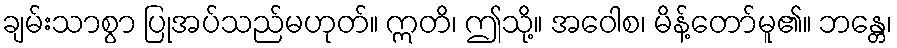
ချမ်းသာစွာ ပြုအပ်သည်မဟုတ်။ ဣတိ၊ ဤသို့။ အဝေါစ၊ မိန့်တော်မူ၏။ ဘန္တေ၊